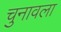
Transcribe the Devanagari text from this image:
चुनावला